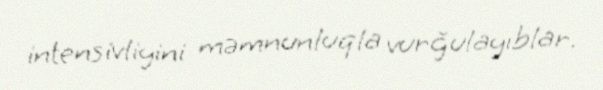
intensivliyini məmnunluqla vurğulayıblar.